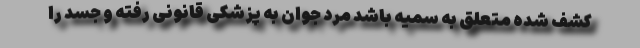
کشف شده متعلق به سمیه باشد مرد جوان به پزشکی قانونی رفته و جسد را